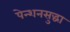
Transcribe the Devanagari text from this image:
पेन्शनसुद्धा